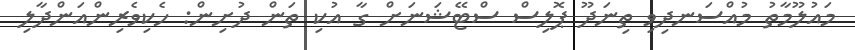
މައުލޫމާތު މުއްސަނދިވި ތިނަދޫ ޕޮލިސް ސްޓޭޝަނަށް ގާ އުކި ތަން ދުށިން: ހެކިވެރިންއަންދާލި